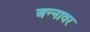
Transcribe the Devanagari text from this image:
अन्‍नावर